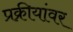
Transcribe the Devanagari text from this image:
प्रक्रीयांवर